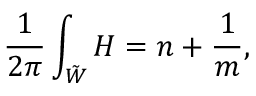
\frac { 1 } { 2 \pi } \int _ { \tilde { W } } H = n + \frac { 1 } { m } ,